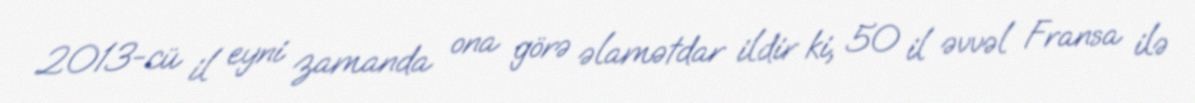
2013-cü il eyni zamanda ona görə əlamətdar ildir ki, 50 il əvvəl Fransa ilə